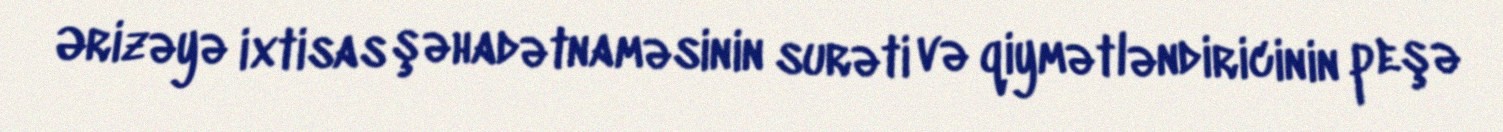
Ərizəyə ixtisas şəhadətnaməsinin surəti və qiymətləndiricinin peşə